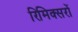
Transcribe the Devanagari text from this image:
रिमिक्सरों